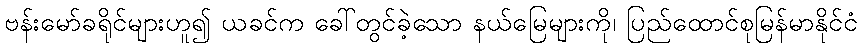
ဗန်းမော်ခရိုင်များဟူ၍ ယခင်က ခေါ်တွင်ခဲ့သော နယ်မြေများကို၊ ပြည်ထောင်စုမြန်မာနိုင်ငံ